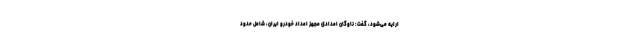
ارایه می‌شود، گفت: ناوگان امدادی مجهز امداد خودرو ایران، شامل حدود